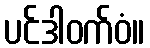
ပင်ဒါဝက်ဝံ။